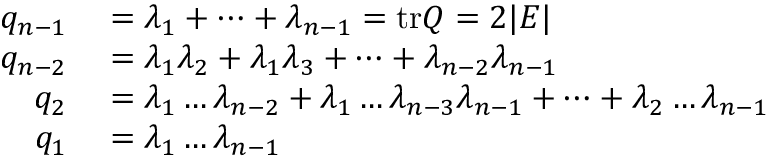
\begin{array} { r l } { q _ { n - 1 } } & { { } = \lambda _ { 1 } + \dots + \lambda _ { n - 1 } = \mathrm { t r } Q = 2 | E | } \\ { q _ { n - 2 } } & { { } = \lambda _ { 1 } \lambda _ { 2 } + \lambda _ { 1 } \lambda _ { 3 } + \dots + \lambda _ { n - 2 } \lambda _ { n - 1 } } \\ { q _ { 2 } } & { { } = \lambda _ { 1 } \dots \lambda _ { n - 2 } + \lambda _ { 1 } \dots \lambda _ { n - 3 } \lambda _ { n - 1 } + \dots + \lambda _ { 2 } \dots \lambda _ { n - 1 } } \\ { q _ { 1 } } & { { } = \lambda _ { 1 } \dots \lambda _ { n - 1 } } \end{array}